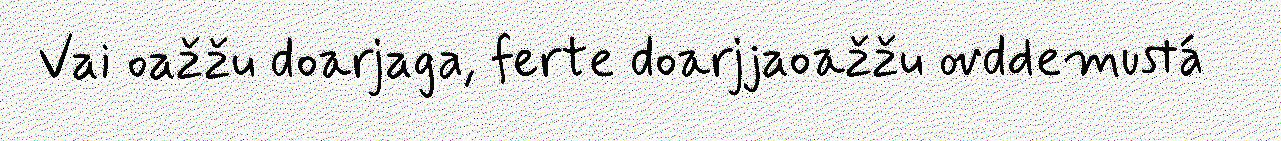
Vai oažžu doarjaga, ferte doarjjaoažžu ovddemustá